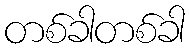
တစ်ခါတစ်ခါ